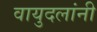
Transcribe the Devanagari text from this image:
वायुदलांनी